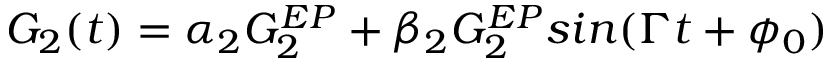
G _ { 2 } ( t ) = \alpha _ { 2 } G _ { 2 } ^ { E P } + \beta _ { 2 } G _ { 2 } ^ { E P } s i n ( \Gamma t + \phi _ { 0 } )